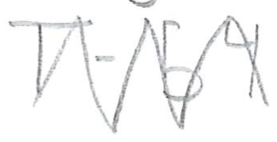
Text: T-54
Cross-out: zig-zag
Writing tool: pencil